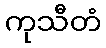
ကုသီတံ